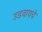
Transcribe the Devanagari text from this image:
उडवायचे